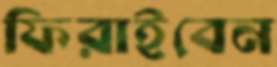
ফিরাইবেন